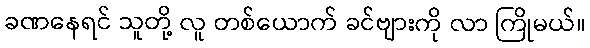
ခဏနေရင် သူတို့ လူ တစ်ယောက် ခင်ဗျားကို လာ ကြိုမယ်။